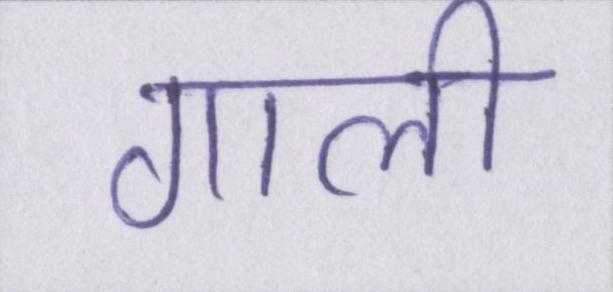
गाली